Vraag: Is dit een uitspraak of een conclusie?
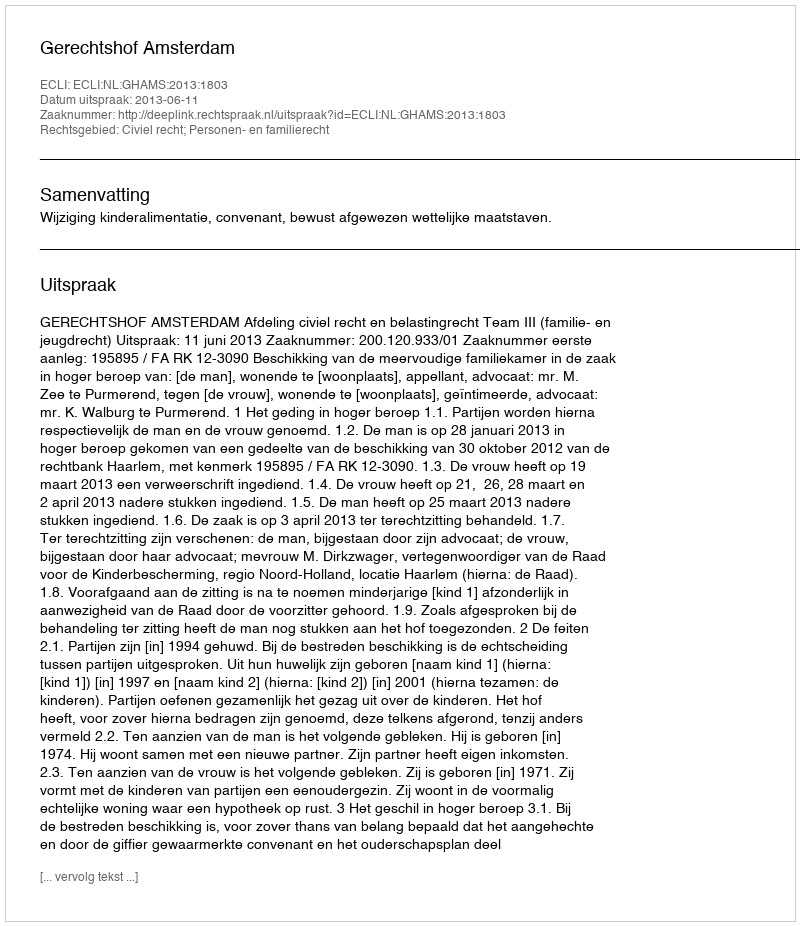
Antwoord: Uitspraak